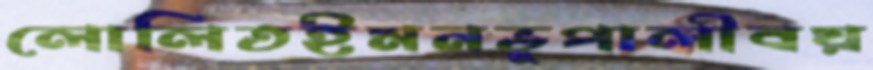
লোলিতইমনভূপালীবয়